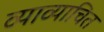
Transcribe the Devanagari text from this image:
व्याव्याचित